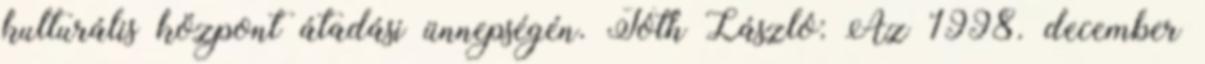
kulturális központ átadási ünnepségén. Tóth László: Az 1998. december